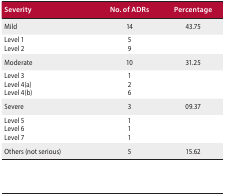
| Severity | No. of ADRs | Percentage |
 | --- | --- | --- |
 | Mild | 14 | 43.75 |
 | Level 1 | 5 |  |
 | Level 2 | 9 |  |
 | Moderate | 10 | 31.25 |
 | Level 3 | 1 |  |
 | Level 4(a) | 2 |  |
 | Level 4(b) | 6 |  |
 | Severe | 3 | 09.37 |
 | Level 5 | 1 |  |
 | Level 6 | 1 |  |
 | Level 7 | 1 |  |
 | Others (not serious) | 5 | 15.62 |